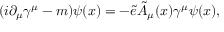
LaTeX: ( i \partial _ { \mu } \gamma ^ { \mu } - m ) \psi ( x ) = - { \tilde { e } } { \tilde { A } } _ { \mu } ( x ) \gamma ^ { \mu } \psi ( x ) ,